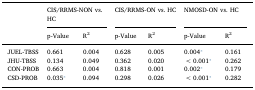
| <ROWSPAN=2>  | <COLSPAN=2> CIS/RRMS-NON vs. HC | <COLSPAN=2> CIS/RRMS-ON vs. HC | <COLSPAN=2> NMOSD-ON vs. HC |
 | p-Value | R2 | p-Value | R2 | p-Value | R2 |
 | --- | --- | --- | --- | --- | --- | --- |
 | JUEL-TBSS | 0.661 | 0.004 | 0.628 | 0.005 | 0.004⁎ | 0.161 |
 | JHU-TBSS | 0.134 | 0.049 | 0.362 | 0.020 | <0.001⁎ | 0.262 |
 | CON-PROB | 0.663 | 0.004 | 0.818 | 0.001 | 0.002⁎ | 0.179 |
 | CSD-PROB | 0.035⁎ | 0.094 | 0.298 | 0.026 | <0.001⁎ | 0.282 |